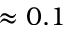
\approx 0 . 1